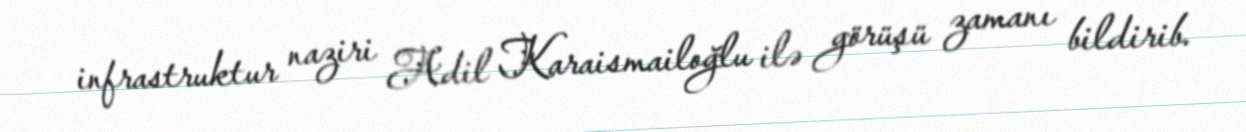
infrastruktur naziri Adil Karaismailoğlu ilə görüşü zamanı bildirib.